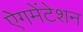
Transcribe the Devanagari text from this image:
ऐगमेंटेशन